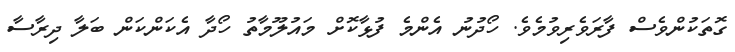
ގޮތަކުންވެސް ފާރަވެރިވުމެވެ. ހޯދުނު އެންމެ ފުޅާކޮށް މައުލޫމާތު ހޯދާ އެކަންކަން ބަލާ ދިރާސާ